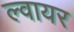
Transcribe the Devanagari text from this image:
ल्वायर